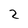
Character: 2